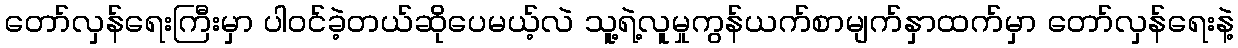
တော်လှန်ရေးကြီးမှာ ပါဝင်ခဲ့တယ်ဆိုပေမယ့်လဲ သူ့ရဲ့လူမှုကွန်ယက်စာမျက်နှာထက်မှာ တော်လှန်ရေးနဲ့